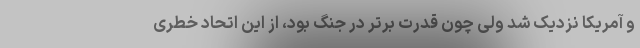
و آمریکا نزدیک شد ولی چون قدرت برتر در جنگ بود، از این اتحاد خطری